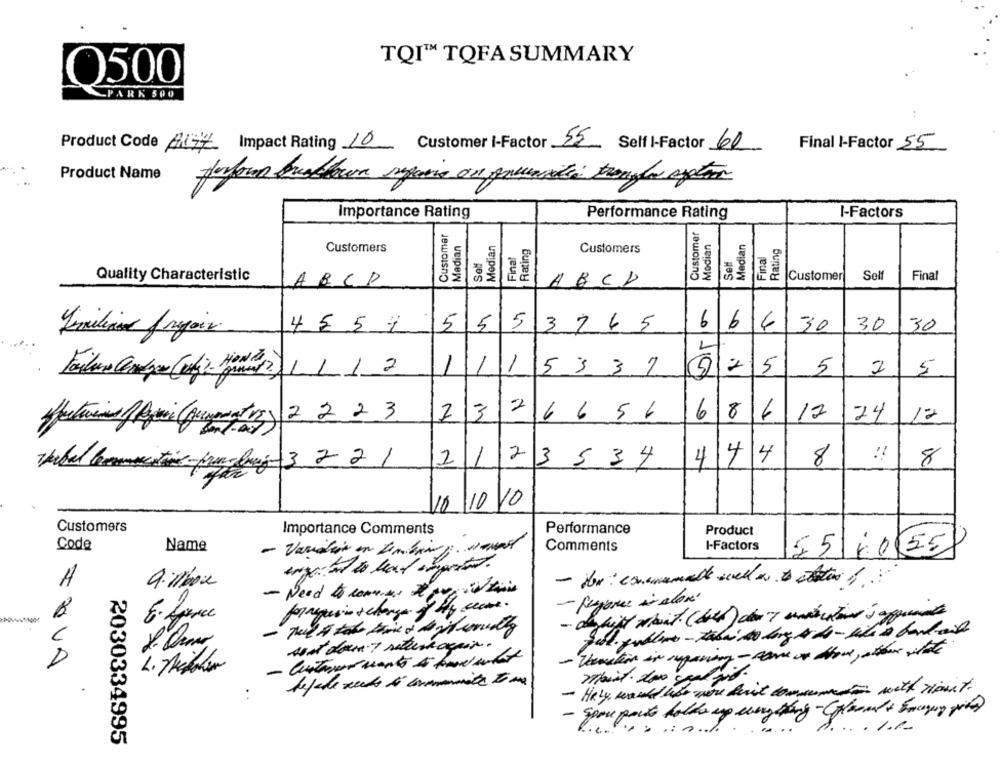
TQI" TQFA SUMMARY
O500
PARK 500
Product Code Aljz Impact Rating 10
Customer i-Factor 55
Final I-Factor 55
Self I-Factor 60
Product Name
Honforma Quablecon imporre au qnunités trongle apptom
Importance Rating
I-Factors
Performance Rating
Customer
Customer
Median
Median
Median
Rating
Rating
Customers
Final
Customers
Self
Final
Customer
Sel
Final
Quality Characteristic
ABCP
1331
ABCD
6
4554
555
3765
66
30
30
30
1
1
1
5 3 3 7
225
5
5
2
17
24
23
6656
6
86
1º
4
44
!!
2123534
8
8
10/10/10
Customers
Importance Comments
Performance
Product
Code
Name
- Variation in Dembring. Hereit
Comments
I-Factors
55 60 55
9.W/box
- Need to cometes
- Purpose i alan'
sent down 7 satura again.
- Venation in agaming - come on those, after that
moist dow scalail.
lefche zeits le comunità to me
- Haly would hoe wou huit commune with mount.
.1.1.
2030334995